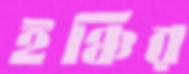
ইঞ্চির